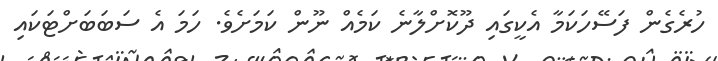
ހުރެގެން ފަސޭހަކަމާ އެކީގައި ދޫކޮށްލާނެ ކަމެއް ނޫން ކަމަށެވެ. ހަމަ އެ ސަބަބަށްޓަކައި